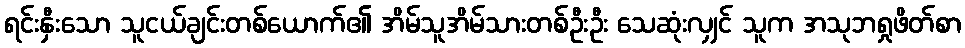
ရင်းနှီးသော သူငယ်ချင်းတစ်ယောက်၏ အိမ်သူအိမ်သားတစ်ဦးဦး သေဆုံးလျှင် သူက အသုဘရှုဖိတ်စာ